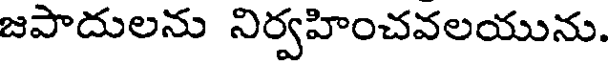
జపాదులను నిర్వహించవలయును.